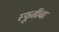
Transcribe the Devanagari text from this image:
स्फूर्तीचा